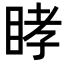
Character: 𥆔